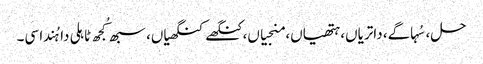
حل، سُہاگے، داتریاں، ہتھیاں، منجیاں، کنگھے کنگھیاں، سبھ کُجھ ٹاہلی دا ہُندا سی۔